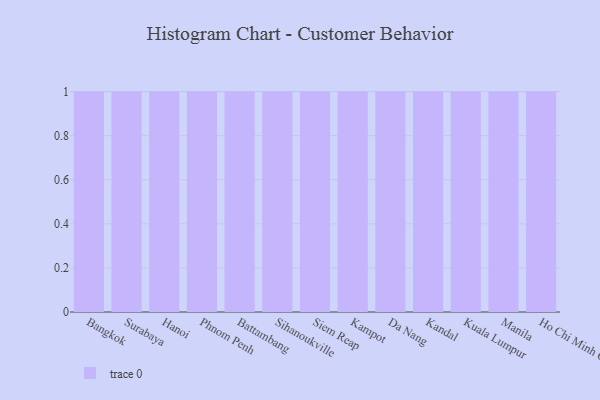
{"axis": {"x": "City", "y": "Operating Costs (USD K)"}, "legend": [""], "data": [{"x": "Bangkok", "y": 53, "type": ""}, {"x": "Surabaya", "y": 35, "type": ""}, {"x": "Hanoi", "y": 15, "type": ""}, {"x": "Phnom Penh", "y": 26, "type": ""}, {"x": "Battambang", "y": 2, "type": ""}, {"x": "Sihanoukville", "y": 62, "type": ""}, {"x": "Siem Reap", "y": 59, "type": ""}, {"x": "Kampot", "y": 88, "type": ""}, {"x": "Da Nang", "y": 61, "type": ""}, {"x": "Kandal", "y": 70, "type": ""}, {"x": "Kuala Lumpur", "y": 56, "type": ""}, {"x": "Manila", "y": 20, "type": ""}, {"x": "Ho Chi Minh City", "y": 41, "type": ""}]}